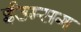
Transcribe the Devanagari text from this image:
ईउम्सग